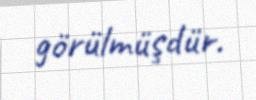
görülmüşdür.